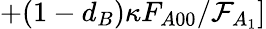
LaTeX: +(1-d_{B})\kappa F_{A00}/\mathcal{F}_{A_{1}}]